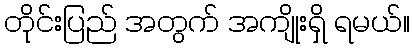
တိုင်းပြည် အတွက် အကျိုးရှိ ရမယ်။